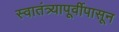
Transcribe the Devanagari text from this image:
स्वातंत्र्यापूर्वीपासून